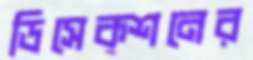
ডিসেক্শনের